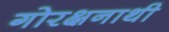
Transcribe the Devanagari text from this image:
गोरक्षनाथी